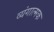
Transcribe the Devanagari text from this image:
व्‍यंगात्‍मक